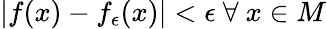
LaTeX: |f(x)-f_{\epsilon}(x)|<\epsilon~\forall~x\in M